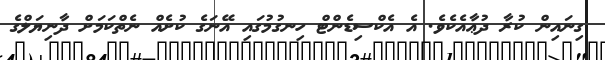
ގިނައިން ކުރާ ދުޢާއެކެވެ. އެ އެކްސިޑެންޓް ހިނގުމުގައި އޭނަގެ ކުށެއް ނެތްކަމަށް ދާނިޔަލްގެ